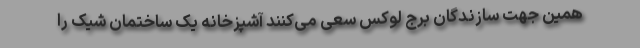
همین جهت سازندگان برج لوکس سعی می‌کنند آشپزخانه یک ساختمان شیک را